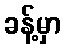
ခန့်မှာ